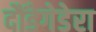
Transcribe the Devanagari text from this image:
दौंडेगेडेरा